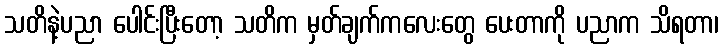
သတိနဲ့ပညာ ပေါင်းပြီးတော့ သတိက မှတ်ချက်ကလေးတွေ ပေးတာကို ပညာက သိရတာ၊